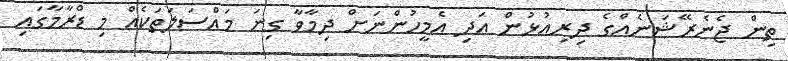
ތިން ޖެނެރޭޝަނެއްގެ ދިރިއުޅުން އަދި އެމީހުންނަށް ދިމާވާ ގިނަ މައްސަލަތަކެއް މި ޑްރާމާގައި